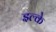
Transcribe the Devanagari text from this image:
इल्के